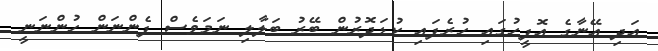
އަދި އޭނާގެ އޮފީހުގައި ހުރެފައި ކުޑަދޮރުން ބޭރު ބަލާލި ނަމަވެސް ފެންނަން ހުންނަނީ